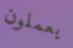
يعملون